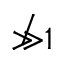
\not \gg 1